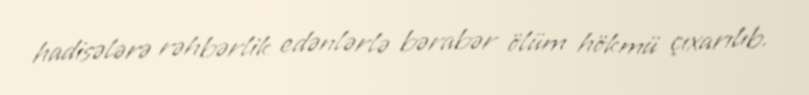
hadisələrə rəhbərlik edənlərlə bərabər ölüm hökmü çıxarılıb.